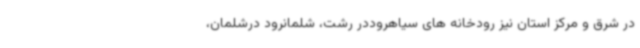
در شرق و مرکز استان نیز رودخانه های سیاهروددر رشت، شلمانرود درشلمان،